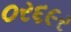
૦ર૬૯ર